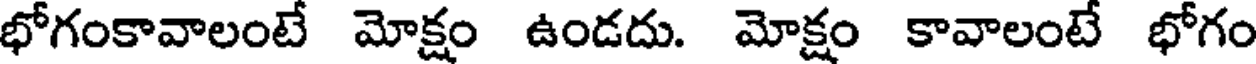
భోగంకావాలంటే మోక్షం ఉండదు. మోక్షం కావాలంటే భోగం